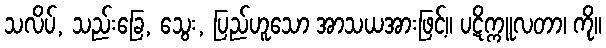
သလိပ်, သည်းခြေ, သွေး, ပြည်ဟူသော အာသယအားဖြင့်။ ပဋိက္ကူလတာ၊ ကို။